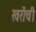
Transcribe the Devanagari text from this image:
खरोंची